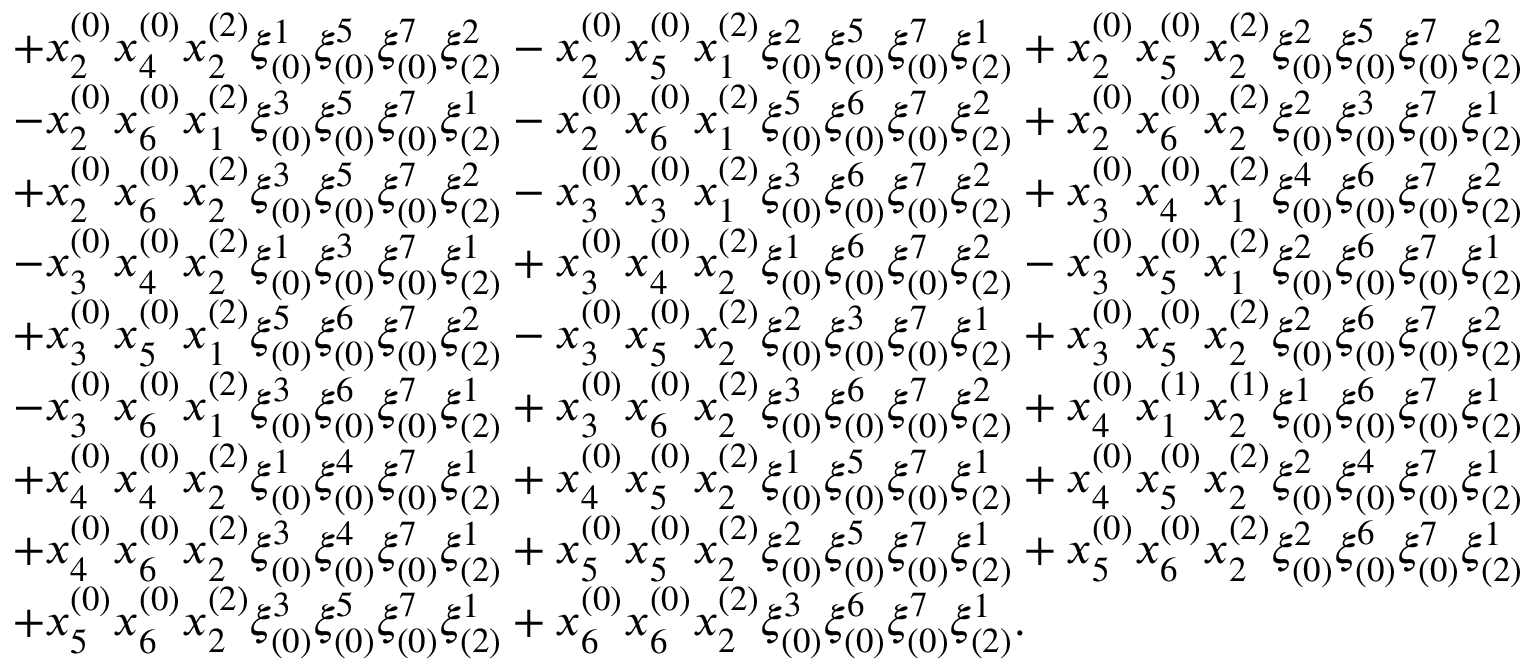
\begin{array} { r l } & { + x _ { 2 } ^ { ( 0 ) } x _ { 4 } ^ { ( 0 ) } x _ { 2 } ^ { ( 2 ) } \xi _ { ( 0 ) } ^ { 1 } \xi _ { ( 0 ) } ^ { 5 } \xi _ { ( 0 ) } ^ { 7 } \xi _ { ( 2 ) } ^ { 2 } - x _ { 2 } ^ { ( 0 ) } x _ { 5 } ^ { ( 0 ) } x _ { 1 } ^ { ( 2 ) } \xi _ { ( 0 ) } ^ { 2 } \xi _ { ( 0 ) } ^ { 5 } \xi _ { ( 0 ) } ^ { 7 } \xi _ { ( 2 ) } ^ { 1 } + x _ { 2 } ^ { ( 0 ) } x _ { 5 } ^ { ( 0 ) } x _ { 2 } ^ { ( 2 ) } \xi _ { ( 0 ) } ^ { 2 } \xi _ { ( 0 ) } ^ { 5 } \xi _ { ( 0 ) } ^ { 7 } \xi _ { ( 2 ) } ^ { 2 } } \\ & { - x _ { 2 } ^ { ( 0 ) } x _ { 6 } ^ { ( 0 ) } x _ { 1 } ^ { ( 2 ) } \xi _ { ( 0 ) } ^ { 3 } \xi _ { ( 0 ) } ^ { 5 } \xi _ { ( 0 ) } ^ { 7 } \xi _ { ( 2 ) } ^ { 1 } - x _ { 2 } ^ { ( 0 ) } x _ { 6 } ^ { ( 0 ) } x _ { 1 } ^ { ( 2 ) } \xi _ { ( 0 ) } ^ { 5 } \xi _ { ( 0 ) } ^ { 6 } \xi _ { ( 0 ) } ^ { 7 } \xi _ { ( 2 ) } ^ { 2 } + x _ { 2 } ^ { ( 0 ) } x _ { 6 } ^ { ( 0 ) } x _ { 2 } ^ { ( 2 ) } \xi _ { ( 0 ) } ^ { 2 } \xi _ { ( 0 ) } ^ { 3 } \xi _ { ( 0 ) } ^ { 7 } \xi _ { ( 2 ) } ^ { 1 } } \\ & { + x _ { 2 } ^ { ( 0 ) } x _ { 6 } ^ { ( 0 ) } x _ { 2 } ^ { ( 2 ) } \xi _ { ( 0 ) } ^ { 3 } \xi _ { ( 0 ) } ^ { 5 } \xi _ { ( 0 ) } ^ { 7 } \xi _ { ( 2 ) } ^ { 2 } - x _ { 3 } ^ { ( 0 ) } x _ { 3 } ^ { ( 0 ) } x _ { 1 } ^ { ( 2 ) } \xi _ { ( 0 ) } ^ { 3 } \xi _ { ( 0 ) } ^ { 6 } \xi _ { ( 0 ) } ^ { 7 } \xi _ { ( 2 ) } ^ { 2 } + x _ { 3 } ^ { ( 0 ) } x _ { 4 } ^ { ( 0 ) } x _ { 1 } ^ { ( 2 ) } \xi _ { ( 0 ) } ^ { 4 } \xi _ { ( 0 ) } ^ { 6 } \xi _ { ( 0 ) } ^ { 7 } \xi _ { ( 2 ) } ^ { 2 } } \\ & { - x _ { 3 } ^ { ( 0 ) } x _ { 4 } ^ { ( 0 ) } x _ { 2 } ^ { ( 2 ) } \xi _ { ( 0 ) } ^ { 1 } \xi _ { ( 0 ) } ^ { 3 } \xi _ { ( 0 ) } ^ { 7 } \xi _ { ( 2 ) } ^ { 1 } + x _ { 3 } ^ { ( 0 ) } x _ { 4 } ^ { ( 0 ) } x _ { 2 } ^ { ( 2 ) } \xi _ { ( 0 ) } ^ { 1 } \xi _ { ( 0 ) } ^ { 6 } \xi _ { ( 0 ) } ^ { 7 } \xi _ { ( 2 ) } ^ { 2 } - x _ { 3 } ^ { ( 0 ) } x _ { 5 } ^ { ( 0 ) } x _ { 1 } ^ { ( 2 ) } \xi _ { ( 0 ) } ^ { 2 } \xi _ { ( 0 ) } ^ { 6 } \xi _ { ( 0 ) } ^ { 7 } \xi _ { ( 2 ) } ^ { 1 } } \\ & { + x _ { 3 } ^ { ( 0 ) } x _ { 5 } ^ { ( 0 ) } x _ { 1 } ^ { ( 2 ) } \xi _ { ( 0 ) } ^ { 5 } \xi _ { ( 0 ) } ^ { 6 } \xi _ { ( 0 ) } ^ { 7 } \xi _ { ( 2 ) } ^ { 2 } - x _ { 3 } ^ { ( 0 ) } x _ { 5 } ^ { ( 0 ) } x _ { 2 } ^ { ( 2 ) } \xi _ { ( 0 ) } ^ { 2 } \xi _ { ( 0 ) } ^ { 3 } \xi _ { ( 0 ) } ^ { 7 } \xi _ { ( 2 ) } ^ { 1 } + x _ { 3 } ^ { ( 0 ) } x _ { 5 } ^ { ( 0 ) } x _ { 2 } ^ { ( 2 ) } \xi _ { ( 0 ) } ^ { 2 } \xi _ { ( 0 ) } ^ { 6 } \xi _ { ( 0 ) } ^ { 7 } \xi _ { ( 2 ) } ^ { 2 } } \\ & { - x _ { 3 } ^ { ( 0 ) } x _ { 6 } ^ { ( 0 ) } x _ { 1 } ^ { ( 2 ) } \xi _ { ( 0 ) } ^ { 3 } \xi _ { ( 0 ) } ^ { 6 } \xi _ { ( 0 ) } ^ { 7 } \xi _ { ( 2 ) } ^ { 1 } + x _ { 3 } ^ { ( 0 ) } x _ { 6 } ^ { ( 0 ) } x _ { 2 } ^ { ( 2 ) } \xi _ { ( 0 ) } ^ { 3 } \xi _ { ( 0 ) } ^ { 6 } \xi _ { ( 0 ) } ^ { 7 } \xi _ { ( 2 ) } ^ { 2 } + x _ { 4 } ^ { ( 0 ) } x _ { 1 } ^ { ( 1 ) } x _ { 2 } ^ { ( 1 ) } \xi _ { ( 0 ) } ^ { 1 } \xi _ { ( 0 ) } ^ { 6 } \xi _ { ( 0 ) } ^ { 7 } \xi _ { ( 2 ) } ^ { 1 } } \\ & { + x _ { 4 } ^ { ( 0 ) } x _ { 4 } ^ { ( 0 ) } x _ { 2 } ^ { ( 2 ) } \xi _ { ( 0 ) } ^ { 1 } \xi _ { ( 0 ) } ^ { 4 } \xi _ { ( 0 ) } ^ { 7 } \xi _ { ( 2 ) } ^ { 1 } + x _ { 4 } ^ { ( 0 ) } x _ { 5 } ^ { ( 0 ) } x _ { 2 } ^ { ( 2 ) } \xi _ { ( 0 ) } ^ { 1 } \xi _ { ( 0 ) } ^ { 5 } \xi _ { ( 0 ) } ^ { 7 } \xi _ { ( 2 ) } ^ { 1 } + x _ { 4 } ^ { ( 0 ) } x _ { 5 } ^ { ( 0 ) } x _ { 2 } ^ { ( 2 ) } \xi _ { ( 0 ) } ^ { 2 } \xi _ { ( 0 ) } ^ { 4 } \xi _ { ( 0 ) } ^ { 7 } \xi _ { ( 2 ) } ^ { 1 } } \\ & { + x _ { 4 } ^ { ( 0 ) } x _ { 6 } ^ { ( 0 ) } x _ { 2 } ^ { ( 2 ) } \xi _ { ( 0 ) } ^ { 3 } \xi _ { ( 0 ) } ^ { 4 } \xi _ { ( 0 ) } ^ { 7 } \xi _ { ( 2 ) } ^ { 1 } + x _ { 5 } ^ { ( 0 ) } x _ { 5 } ^ { ( 0 ) } x _ { 2 } ^ { ( 2 ) } \xi _ { ( 0 ) } ^ { 2 } \xi _ { ( 0 ) } ^ { 5 } \xi _ { ( 0 ) } ^ { 7 } \xi _ { ( 2 ) } ^ { 1 } + x _ { 5 } ^ { ( 0 ) } x _ { 6 } ^ { ( 0 ) } x _ { 2 } ^ { ( 2 ) } \xi _ { ( 0 ) } ^ { 2 } \xi _ { ( 0 ) } ^ { 6 } \xi _ { ( 0 ) } ^ { 7 } \xi _ { ( 2 ) } ^ { 1 } } \\ & { + x _ { 5 } ^ { ( 0 ) } x _ { 6 } ^ { ( 0 ) } x _ { 2 } ^ { ( 2 ) } \xi _ { ( 0 ) } ^ { 3 } \xi _ { ( 0 ) } ^ { 5 } \xi _ { ( 0 ) } ^ { 7 } \xi _ { ( 2 ) } ^ { 1 } + x _ { 6 } ^ { ( 0 ) } x _ { 6 } ^ { ( 0 ) } x _ { 2 } ^ { ( 2 ) } \xi _ { ( 0 ) } ^ { 3 } \xi _ { ( 0 ) } ^ { 6 } \xi _ { ( 0 ) } ^ { 7 } \xi _ { ( 2 ) } ^ { 1 } . } \end{array}